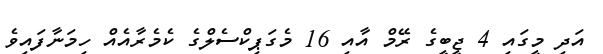
އަދި މީގައި 4 ޖީބީގެ ރޭމް އާއި 16 މެގަޕިކްސެލްގެ ކެމެރާއެއް ހިމަނާފައިވެ